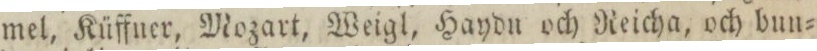
mel, Küffner, Mozart, Weigl, Haydu och Reicha, och bun=